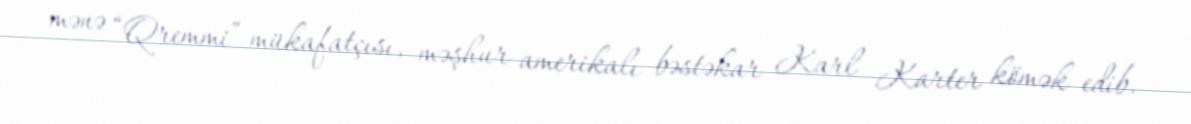
mənə “Qremmi” mükafatçısı, məşhur amerikalı bəstəkar Karl Karter kömək edib.